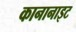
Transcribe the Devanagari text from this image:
कानानाइट